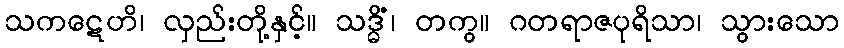
သကဋေဟိ၊ လှည်းတို့နှင့်။ သဒ္ဓိံ၊ တကွ။ ဂတရာဇပုရိသာ၊ သွားသော